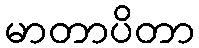
မာတာပိတာ